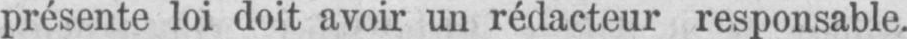
présente loi doit avoir un rédacteur responsable.